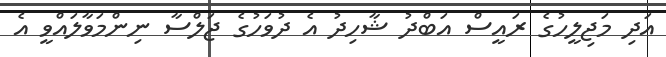
އަދި މަޖިލީހުގެ ރައީސް އަބްދު ޝާހިދު އެ ދުވަހުގެ ޖަލްސާ ނިންމަވާލައްވީ އެ